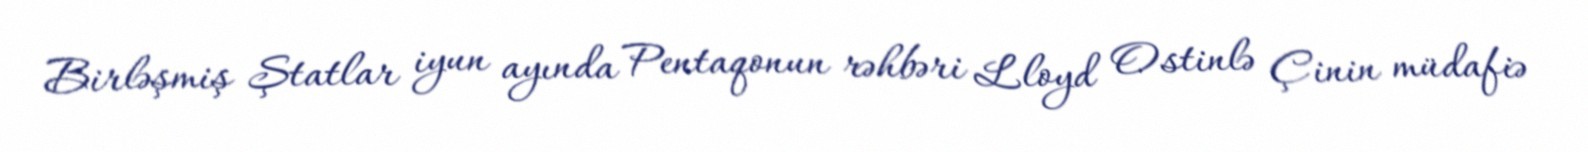
Birləşmiş Ştatlar iyun ayında Pentaqonun rəhbəri Lloyd Ostinlə Çinin müdafiə